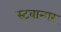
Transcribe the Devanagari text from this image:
स्टवान्गर